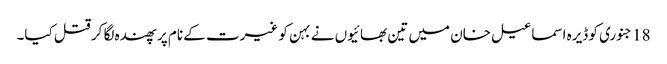
18 جنوری کو ڈیرہ اسماعیل خان میں تین بھائیوں نے بہن کو غیرت کے نام پر پھندہ لگا کر قتل کیا۔